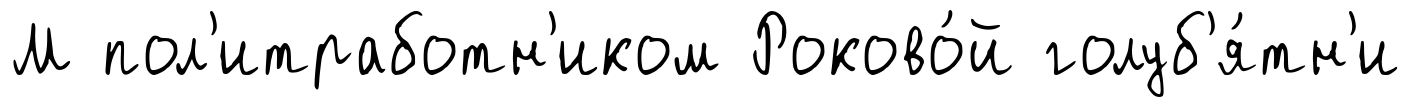
М пол'итработн'иком Роково́й голуб'я́тн'и